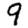
Digit: 9